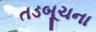
તડબૂચના